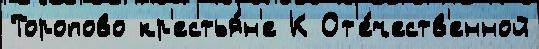
Торопово кр'естья́н'е К От'е́честв'енной